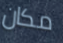
مكان